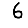
Digit: 6